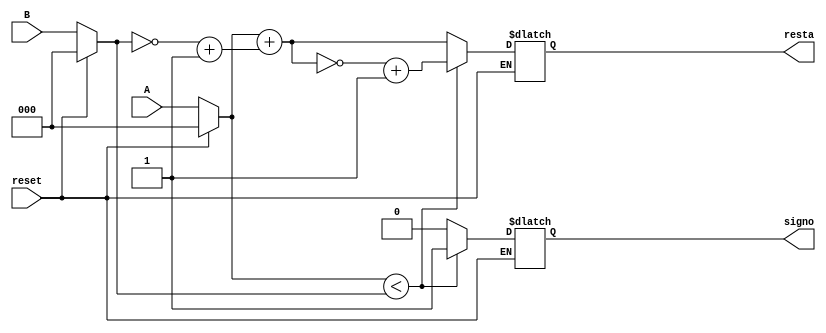


module restador( 

input [2:0] A,  
input [2:0] B,  
input reset,
output reg [2:0] resta,
output reg signo
);


reg [2:0] minuendo; 
reg [2:0] sustraendo;
reg [2:0] ca1;
reg [2:0] ca2;
reg [2:0] restaneg;


always @(*) begin

if (reset == 1) begin

minuendo = 0;
sustraendo = 0;
ca1 = 0;
ca2 = 0;

end

else begin

minuendo <= A;
sustraendo <= B;

ca1 = ~sustraendo;
ca2 = ca1 + 1;

if (minuendo < sustraendo)begin

restaneg = minuendo + ca2;
restaneg = ~restaneg + 1;
resta = restaneg;
signo = 1;

end

else begin

resta = minuendo + ca2;
signo = 0;

end
end
end


endmodule